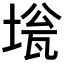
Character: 𡍻